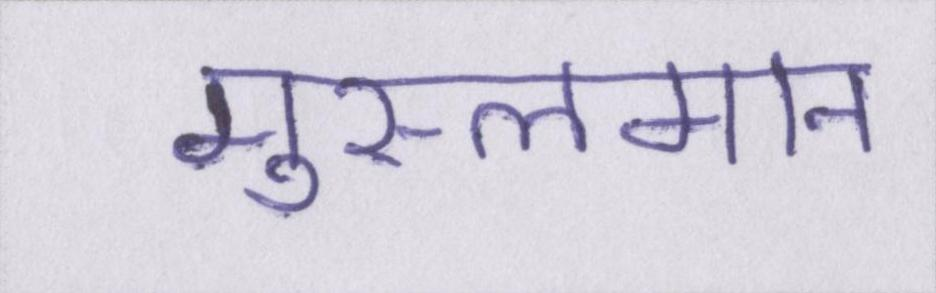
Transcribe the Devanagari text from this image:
मुस्लमान